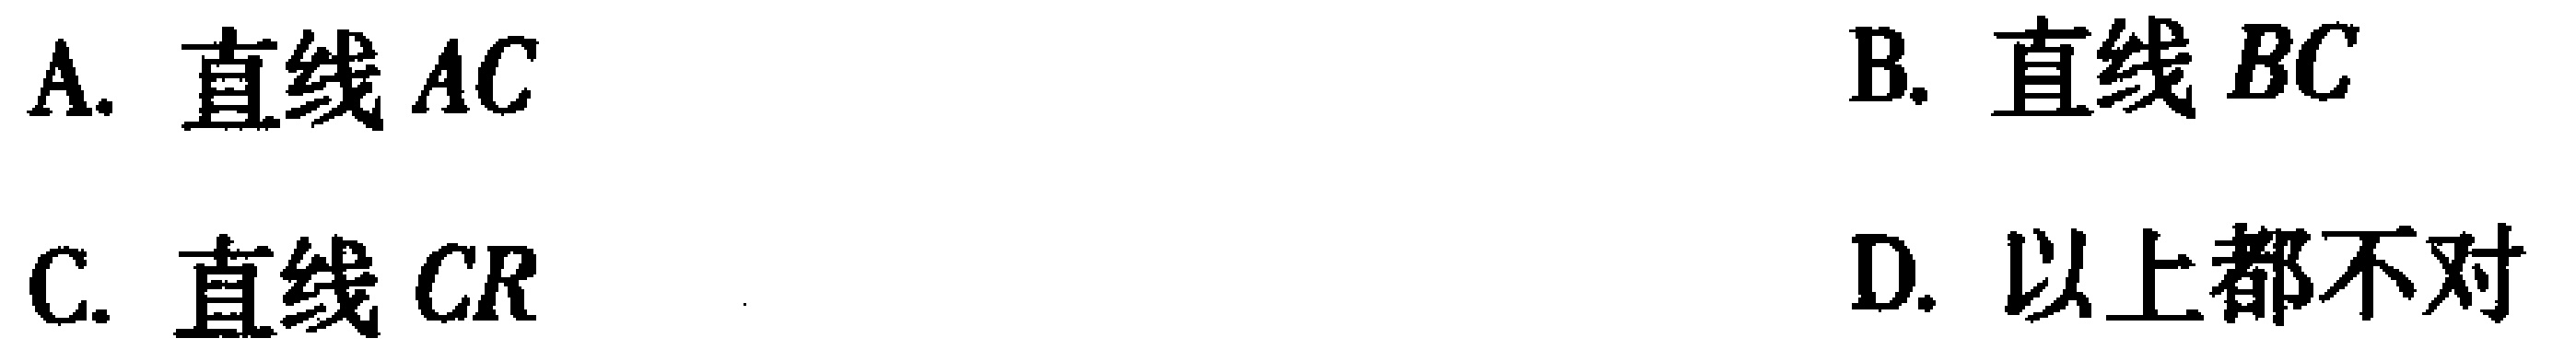
A. 直线 \(AC\)
B. 直线 \(BC\)
C. 直线 \(CR\)
D. 以上都不对